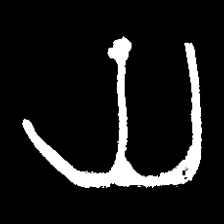
Pyu character \u2014 Myanmar letter: ယ (romanized: ya)